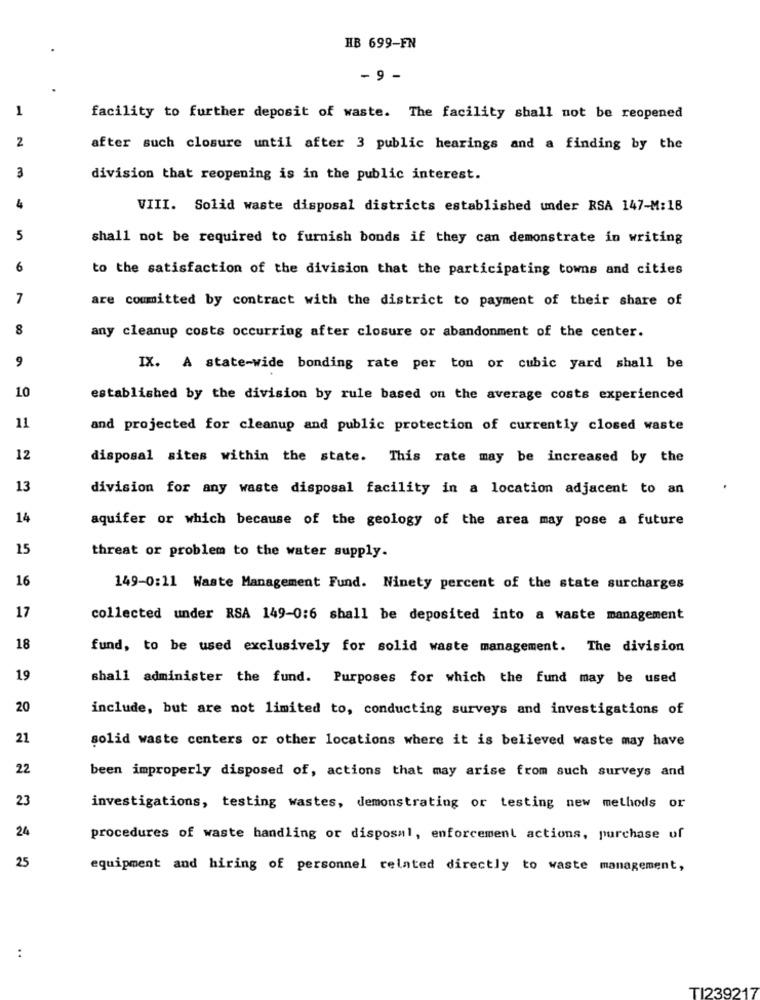
HB 699-FN
. 9 -
1
facility to further deposit of waste. The facility shall not be reopened
2
after such closure until after 3 public hearings and a finding by the
3
division that reopening is in the public interest.
4
VIII. Solid waste disposal districts established under RSA 147-M:18
5
shall not be required to furnish bonds if they can demonstrate in writing
6
to the satisfaction of the division that the participating towns and cities
7
are committed by contract with the district to payment of their share of
8
any cleanup costs occurring after closure or abandonment of the center.
9
IX. A state-wide bonding rate per ton or cubic yard shall be
10
established by the division by rule based on the average costs experienced
11
and projected for cleanup and public protection of currently closed waste
12
disposal sites within the state. This rate may be increased by the
13
division for any waste disposal facility in a location adjacent to an
14
aquifer or which because of the geology of the area may pose a future
15
threat or problem to the water supply.
16
149-0:11 Waste Management Fund. Ninety percent of the state surcharges
17
collected under RSA 149-0:6 shall be deposited into a waste management
18
fund, to be used exclusively for solid waste management. The division
19
shall administer the fund. Purposes for which the fund may be used
20
include, but are not limited to, conducting surveys and investigations of
21
solid waste centers or other locations where it is believed waste may have
22
been improperly disposed of, actions that may arise from such surveys and
23
investigations, testing wastes, demonstrating or testing new methods or
24
procedures of waste handling or disposal, enforcement actions, purchase of
25
equipment and hiring of personnel related directly to waste management,
:
TI239217